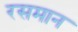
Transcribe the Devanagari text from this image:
रसमान